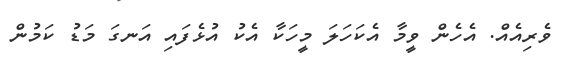
ވެރިއެއް. އެހެން ވީމާ އެކަހަލަ މީހަކާ އެކު އުޅެފައި އަނގަ މަޑު ކަމުން